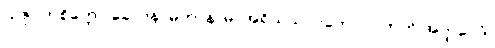
“ဥဇုဂတစိတ္တော ခေါ ပန, မဟာနာမ, အရိယသာဝကော လဘတိ အတ္ထဝေဒံ,